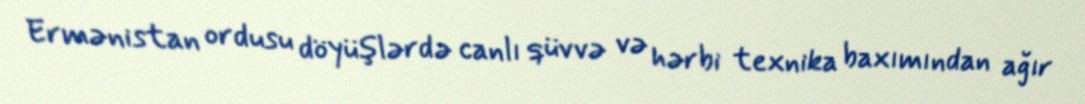
Ermənistan ordusu döyüşlərdə canlı qüvvə və hərbi texnika baxımından ağır